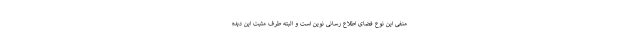
منفی این نوع فضای اطلاع رسانی نوین است و البته طرف مثبت این دیده